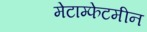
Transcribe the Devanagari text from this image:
मेटाम्फेटमीन